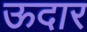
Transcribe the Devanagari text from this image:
ऊदार